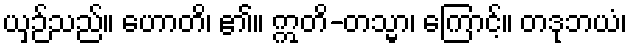
ယှဉ်သည်။ ဟောတိ၊ ၏။ ဣတိ-တသ္မာ၊ ကြောင့်။ တဒုဘယံ၊